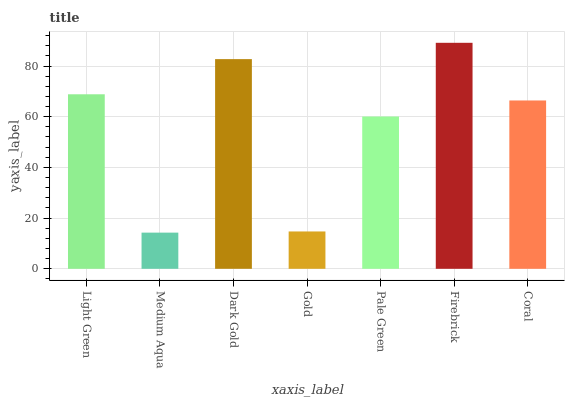
| xaxis_label | bars |
 | --- | --- |
 | Light Green | 68.9 |
 | Medium Aqua | 14.3 |
 | Dark Gold | 82.7 |
 | Gold | 14.7 |
 | Pale Green | 60.1 |
 | Firebrick | 89.2 |
 | Coral | 66.4 |